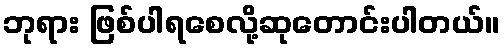
ဘုရား ဖြစ်ပါရစေလို့ဆုတောင်းပါတယ်။